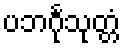
ပဘင်္ဂုသုတ္တံ